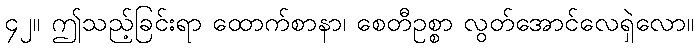
၄၂။ ဤသည့်ခြင်းရာ ထောက်စာနာ၊ စေတီဥစ္စာ လွတ်အောင်လေရှဲလော။